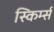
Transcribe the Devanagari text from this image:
स्किर्म्स